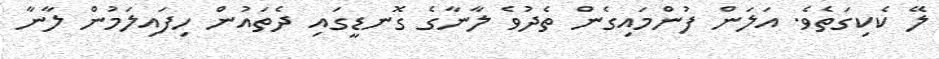
ލޭ ކެކިގަތެވެ. އަލަން ފުންމައިގެން ތެދުވެ ލާނާގެ ގޮނޑީގައި ދެތައުން ހިފައިލަމުން ލާނާ